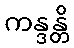
ကန္ဒန္တိ